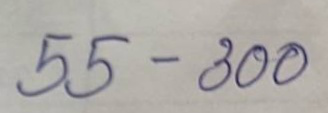
55 - 300